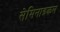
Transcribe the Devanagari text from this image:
सेमिनाइकल